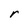
Character: r